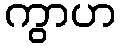
ကွာဟ